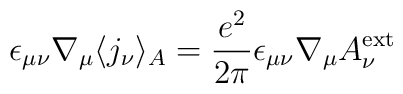
\epsilon_{\mu\nu}\nabla_\mu \langle j_\nu\rangle_A=\frac{e^2}{2\pi}\epsilon_{\mu\nu}\nabla_\mu A_\nu^{\rm ext}